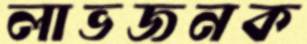
লাভজনক